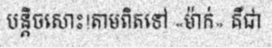
បន្តិចសោះ!តាមពិតទៅ «ម៉ាក់» គឺជា